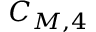
C _ { M , 4 }